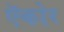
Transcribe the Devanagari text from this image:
ऍकोर